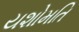
યશોમતિ